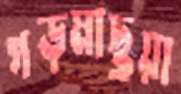
গড়মাছুয়া